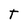
Character: T